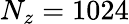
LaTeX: N_{z}=1024